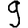
Digit: 9